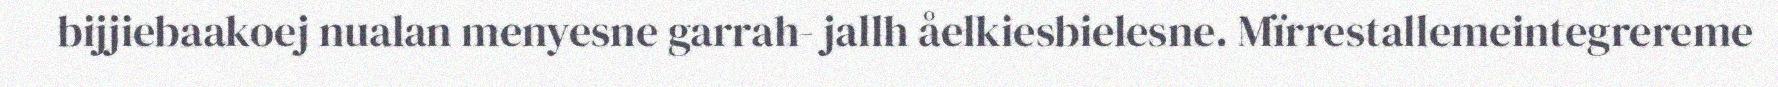
bijjiebaakoej nualan menyesne garrah- jallh åelkiesbielesne. Mïrrestallemeintegrereme